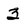
Character: 3